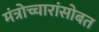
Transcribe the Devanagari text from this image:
मंत्रोच्चारांसोबत